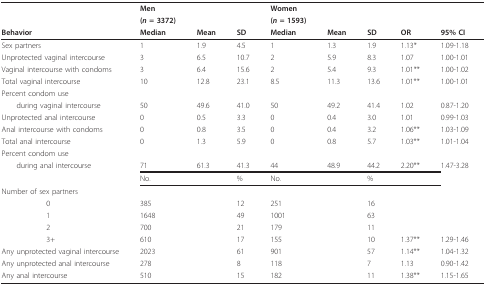
|  | Men |  |  | Women |  |  |  |  |
 |  | (n = 3372) |  |  | (n = 1593) |  |  |  |  |
 | Behavior | Median | Mean | SD | Median | Mean | SD | OR | 95% CI |
 | --- | --- | --- | --- | --- | --- | --- | --- | --- |
 | Sex partners | 1 | 1.9 | 4.5 | 1 | 1.3 | 1.9 | 1.13* | 1.09-1.18 |
 | Unprotected vaginal intercourse | 3 | 6.5 | 10.7 | 2 | 5.9 | 8.3 | 1.07 | 1.00-1.01 |
 | Vaginal intercourse with condoms | 3 | 6.4 | 15.6 | 2 | 5.4 | 9.3 | 1.01** | 1.00-1.02 |
 | Total vaginal intercourse | 10 | 12.8 | 23.1 | 8.5 | 11.3 | 13.6 | 1.01** | 1.00-1.01 |
 | Percent condom use |  |  |  |  |  |  |  |  |
 | during vaginal intercourse | 50 | 49.6 | 41.0 | 50 | 49.2 | 41.4 | 1.02 | 0.87-1.20 |
 | Unprotected anal intercourse | 0 | 0.5 | 3.3 | 0 | 0.4 | 3.0 | 1.01 | 0.99-1.03 |
 | Anal intercourse with condoms | 0 | 0.8 | 3.5 | 0 | 0.4 | 3.2 | 1.06** | 1.03-1.09 |
 | Total anal intercourse | 0 | 1.3 | 5.9 | 0 | 0.8 | 5.7 | 1.03** | 1.01-1.04 |
 | Percent condom use |  |  |  |  |  |  |  |  |
 | during anal intercourse | 71 | 61.3 | 41.3 | 44 | 48.9 | 44.2 | 2.20** | 1.47-3.28 |
 |  | No. |  | % | No. |  | % |  |  |
 | Number of sex partners |  |  |  |  |  |  |  |  |
 | 0 | 385 |  | 12 | 251 |  | 16 |  |  |
 | 1 | 1648 |  | 49 | 1001 |  | 63 |  |  |
 | 2 | 700 |  | 21 | 179 |  | 11 |  |  |
 | 3+ | 610 |  | 17 | 155 |  | 10 | 1.37** | 1.29-1.46 |
 | Any unprotected vaginal intercourse | 2023 |  | 61 | 901 |  | 57 | 1.14** | 1.04-1.32 |
 | Any unprotected anal intercourse | 278 |  | 8 | 118 |  | 7 | 1.13 | 0.90-1.42 |
 | Any anal intercourse | 510 |  | 15 | 182 |  | 11 | 1.38** | 1.15-1.65 |